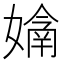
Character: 𭒙